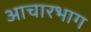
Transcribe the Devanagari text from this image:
आचारभाग